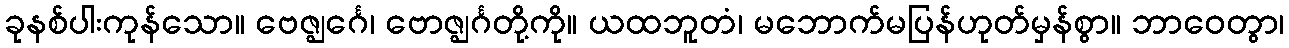
ခုနစ်ပါးကုန်သော။ ဗေဇ္ဈင်္ဂေ၊ ဗောဇ္ဈင်္ဂတို့ကို။ ယထဘူတံ၊ မဘောက်မပြန်ဟုတ်မှန်စွာ။ ဘာဝေတွာ၊